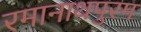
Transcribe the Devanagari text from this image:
रमानाथपुरम